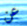
عن